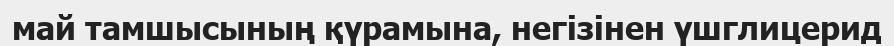
май тамшысының қүрамына, негізінен үшглицерид